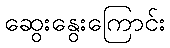
ဆွေးနွေးကြောင်း